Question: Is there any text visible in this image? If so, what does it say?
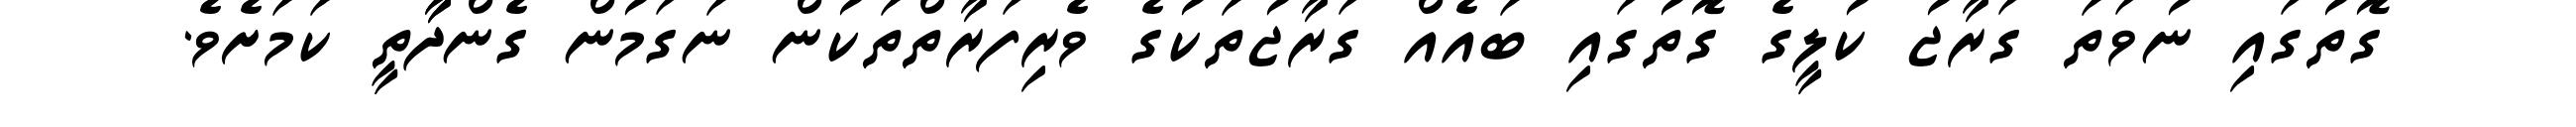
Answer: ގޮތުގައި ނުވަތަ ގަރާޖު ކުލީގެ ގޮތުގައި ބައެއް ގަރާޖުތަކުގެ ވެރިފަރާތްތަކުން ނަގަމުން ގެންދާާތީ ކަމަށެވެ.